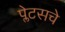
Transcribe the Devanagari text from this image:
प्लेटसचे